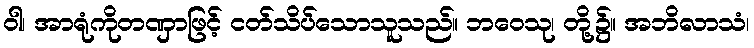
ဝါ၊ အာရုံကိုတဏှာဖြင့် ငတ်သိပ်သောသူသည်။ ဘဝေသု၊ တို့၌။ အဘိလာသံ၊